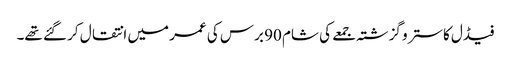
فیڈل کاسترو گزشتہ جمعے کی شام 90 برس کی عمر میں انتقال کر گئے تھے۔